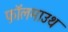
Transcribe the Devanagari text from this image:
फ़ॉलमाउथ